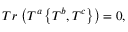
T r \, \left( T ^ { a } \left\{ T ^ { b } , T ^ { c } \right\} \right) = 0 ,